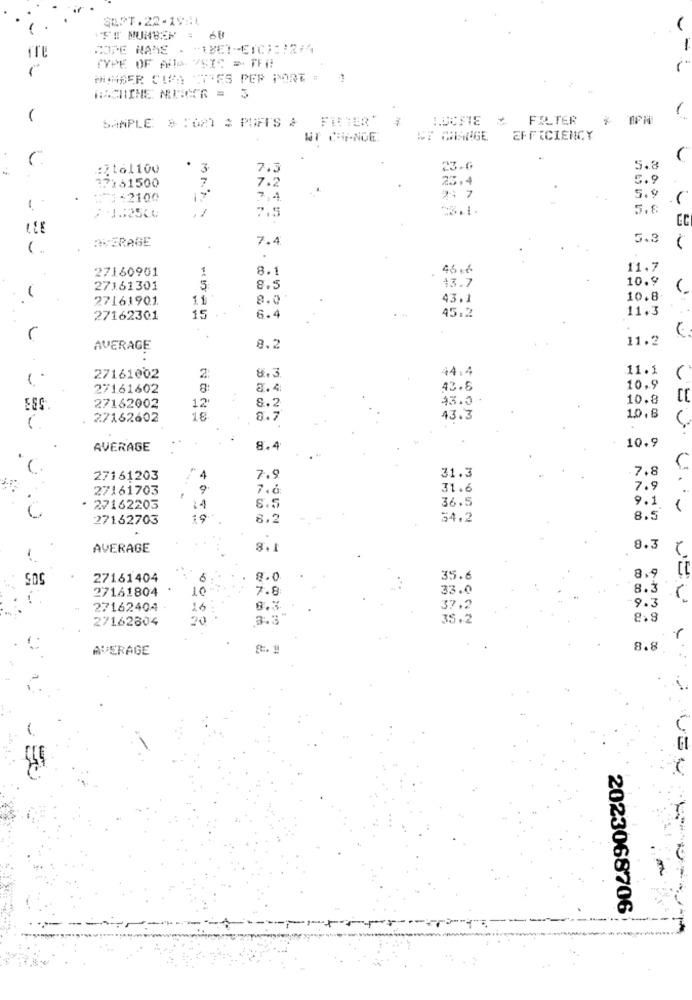
SEPT.22- 19:1
CODE NAME . "IBEI-ETC) :: 21
=
TYPE OF AllA. YSIC = TF#
MICHBER CIA TIVES PER PORT =
MACHINE NUN'R = 3
1
SAMPLE & TOMT & PUFFS &
*
FILTER
WT CHANCE
EFFICIENCY
:Ztel100
3
7.3
5.8
77161500
7
23.4
5.9
7.2
5.9
1.
+ === 2100
74
21 7
-
5.8
7.5
-
AVERAGE
7.4
5.3
( ..
.
27160901
1
8.1
46,6
11.7
43.7
10.9
27161301
5
8.5
-
27161901.
11
8.0
43.1
10.8
45.2
11.3
27162301
15
6.4
L
11.2
AVERAGE
8.2
8.3
44.4
11.1
27161002
2
27161602
8
8.4
43.5
10.9
8.2
43.0
10.8
27162002
12
27162602
18
8.7
43.3
1.0,8
....
10.9
AVERAGE
8.4
31.3
7.8
27161203
4
7.9
27161703
7.6
31.6
7.9
24
36.5
9.1
27162203
S.5
1
27162703
19
8.2
34.2
8.5
AVERAGE
8.1
8.3
8.9
27161404
8.0
35.6
27161804
10
7.8
33.0
8.3
9.3
27162404
37.2
27162804
20
3.3
35.2
8.9
r
AVERAGE
8.8
VE
2023068706